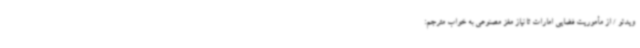
ویدئو / از مأموریت فضایی امارات تا نیاز مغز مصنوعی به خواب مترجم: